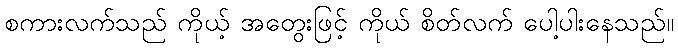
စကားလက်သည် ကိုယ့် အတွေးဖြင့် ကိုယ် စိတ်လက် ပေါ့ပါးနေသည်။